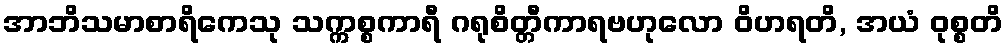
အာဘိသမာစာရိကေသု သက္ကစ္စကာရီ ဂရုစိတ္တီကာရဗဟုလော ဝိဟရတိ, အယံ ဝုစ္စတိ